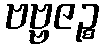
ဗဗ္ဗဇဉ္စ